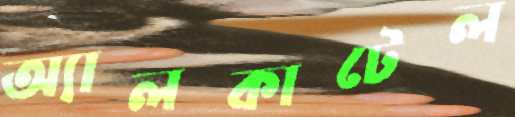
অ্যালকাটেল